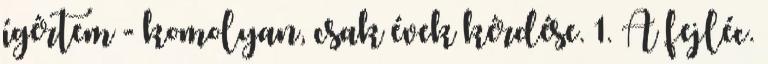
ígértem - komolyan, csak évek kérdése. 1. A fejléc.